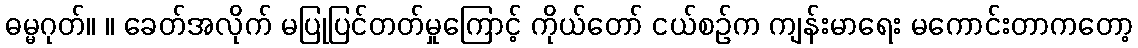
ဓမ္မဂုတ်။ ။ ခေတ်အလိုက် မပြုပြင်တတ်မှုကြောင့် ကိုယ်တော် ငယ်စဉ်က ကျန်းမာရေး မကောင်းတာကတော့